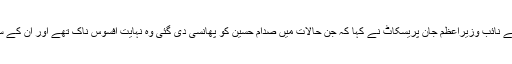
برطانوی نشریاتی ادارے سے بات چیت کرتے ہوئے برطانیہ کے نائب وزیراعظم جان پریسکاٹ نے کہا کہ جن حالات میں صدام حسین کو پھانسی دی گئی وہ نہایت افسوس ناک تھے اور ان کے ساتھ روا رکھا گیا سلوک نہایت غیر انسانی اور غیر ہمدردانہ تھا۔